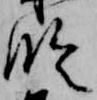
臨